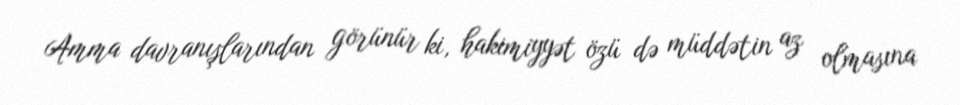
Amma davranışlarından görünür ki, hakimiyyət özü də müddətin az olmasına